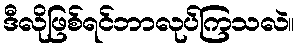
ဒီလိုဖြစ်ရင်ဘာလုပ်ကြသလဲ။